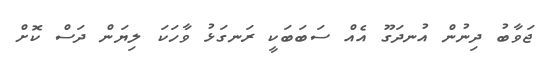
ޖަވާބު ދިނުން އުނދަގޫ އެއް ސަބަބަކީ ރަނގަޅު ވާހަކަ ލިޔަން ދަސް ކޮށް